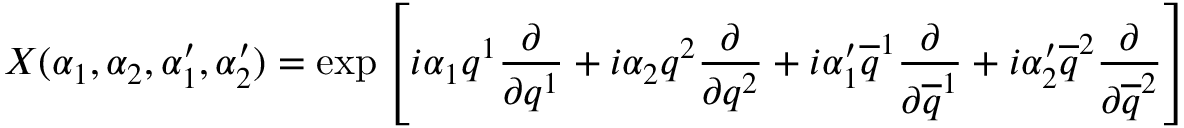
X ( \alpha _ { 1 } , \alpha _ { 2 } , \alpha _ { 1 } ^ { \prime } , \alpha _ { 2 } ^ { \prime } ) = \exp \left[ i \alpha _ { 1 } q ^ { 1 } { \frac { \partial } { \partial q ^ { 1 } } } + i \alpha _ { 2 } q ^ { 2 } { \frac { \partial } { \partial q ^ { 2 } } } + i \alpha _ { 1 } ^ { \prime } \overline { { { q } } } ^ { 1 } { \frac { \partial } { \partial \overline { { { q } } } ^ { 1 } } } + i \alpha _ { 2 } ^ { \prime } \overline { { { q } } } ^ { 2 } { \frac { \partial } { \partial \overline { { { q } } } ^ { 2 } } } \right]